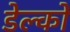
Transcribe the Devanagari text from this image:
डेल्को